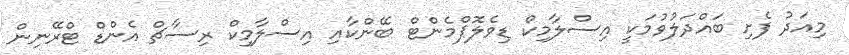
މިއަދު ފެށި ބައްދަލުވުމަކީ އިސްލާމިކް ޑިވެލޮޕްމެންޓް ބޭންކާއި އިސްލާމިކް ރިސާޗް އެންޑް ޓްރޭނިން